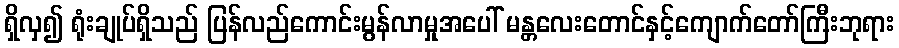
ရှိလှ၍ ရုံးချုပ်ရှိသည် ပြန်လည်ကောင်းမွန်လာမှုအပေါ် မန္တလေးတောင်နှင့်ကျောက်တော်ကြီးဘုရား